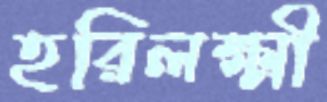
হরিলক্ষ্মী